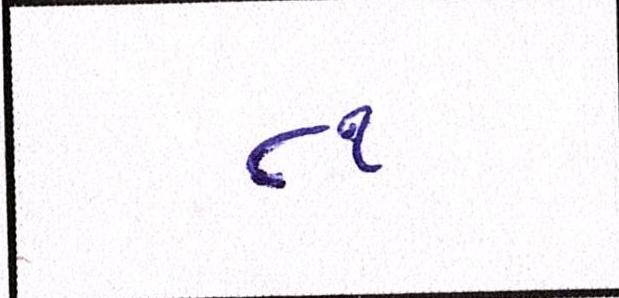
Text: ૮૧